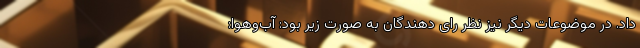
داد. در موضوعات دیگر نیز نظر رای دهندگان به صورت زیر بود: آب‌وهوا: